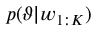
p ( \vartheta | w _ { 1 : K } )